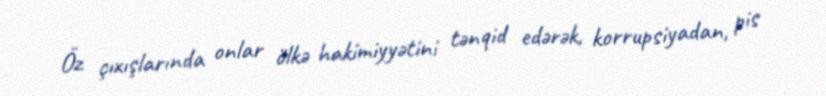
Öz çıxışlarında onlar ölkə hakimiyyətini tənqid edərək, korrupsiyadan, pis